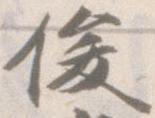
俊